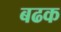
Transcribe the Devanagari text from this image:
बढक